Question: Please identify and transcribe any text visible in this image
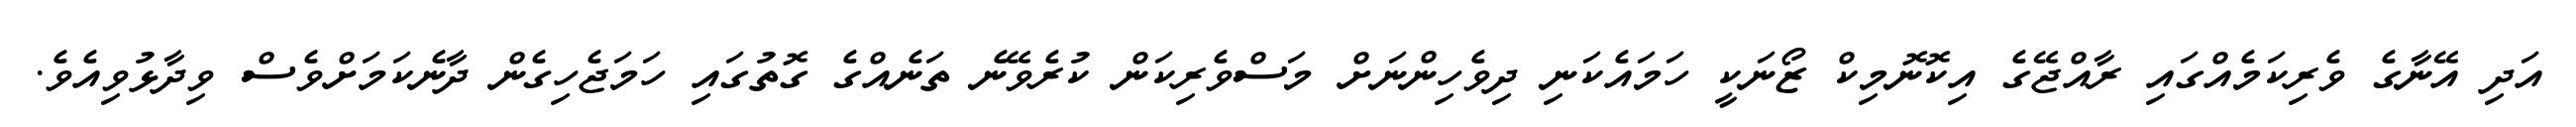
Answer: އަދި އޭނާގެ ވެރިކަމެއްގައި ރާއްޖޭގެ އިކޮނޮމިކް ޒޯނަކީ ހަމައެކަނި ދިވެހިންނަށް މަސްވެރިކަން ކުރެވޭނެ ތަނެއްގެ ގޮތުގައި ހަމަޖެހިގެން ދާނެކަމަށްވެސް ވިދާޅުވިއެވެ.